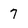
Character: 7